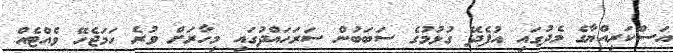
އަސްކަރިއްޔާގެ މެދުގައި އުފެދޭ ގުޅުމުގެ ސަބަބުން ސަރަހައްދުގައި މިހާރަށް ވުރެ ހަމަޖެހޭ ވެއްޓެއް